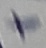
Text: +